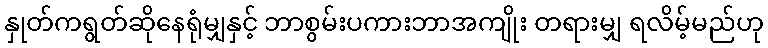
နှုတ်ကရွတ်ဆိုနေရုံမျှနှင့် ဘာစွမ်းပကားဘာအကျိုး တရားမျှ ရလိမ့်မည်ဟု